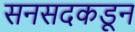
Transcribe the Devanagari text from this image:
सनसदकडून